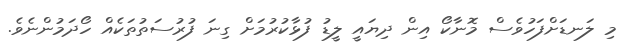
މި ލަނޑަށްފަހުވެސް މޮނާކޯ އިން ދިޔައީ ލީޑު ފުޅާކުރުމަށް ގިނަ ފުރުސަތުތަކެއް ހޯދަމުންނެވެ.